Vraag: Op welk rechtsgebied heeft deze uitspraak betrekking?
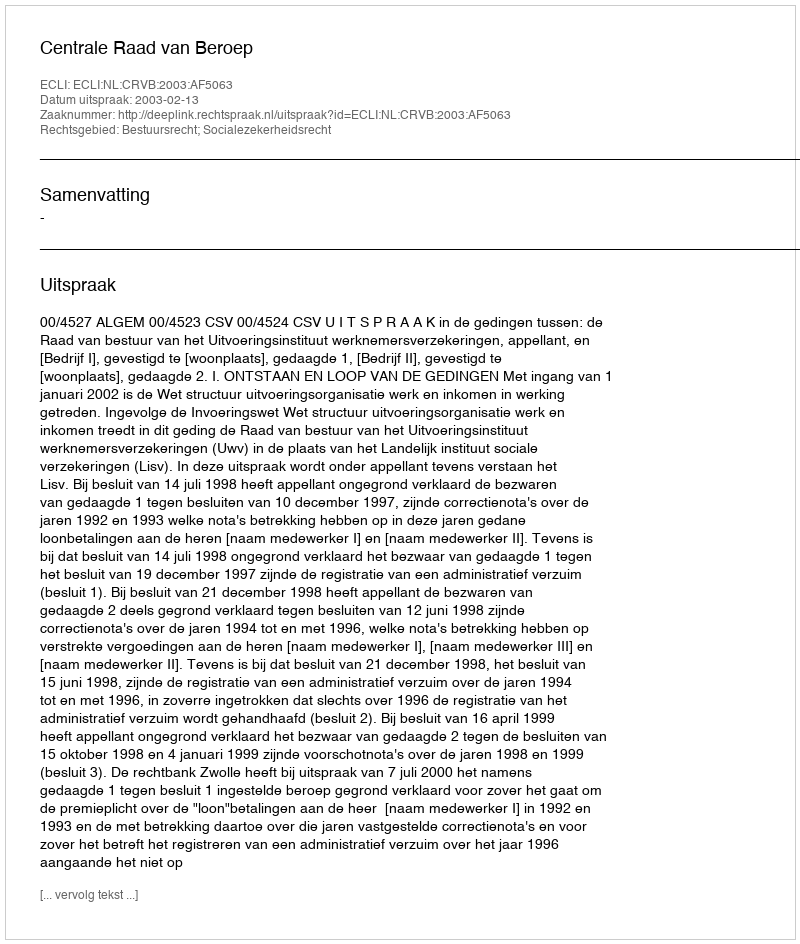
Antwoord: Bestuursrecht; Socialezekerheidsrecht